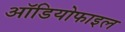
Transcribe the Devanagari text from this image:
ऑडियोफाइल